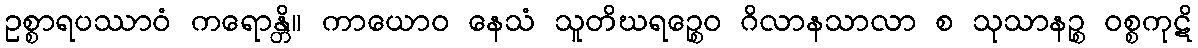
ဥစ္စာရပဿာဝံ ကရောန္တိ။ ကာယောဝ နေသံ သူတိဃရဉ္စေဝ ဂိလာနသာလာ စ သုသာနဉ္စ ဝစ္စကုဋိ